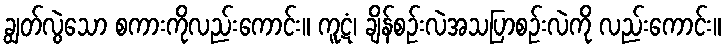
ချွတ်လွဲသော စကားကိုလည်းကောင်း။ ကူဋံ၊ ချိန်စဉ်းလဲအသပြာစဉ်းလဲကို လည်းကောင်း။